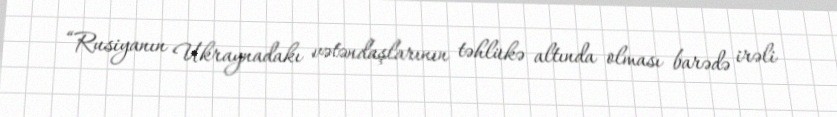
“Rusiyanın Ukraynadakı vətəndaşlarının təhlükə altında olması barədə irəli